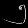
Digit: ၅